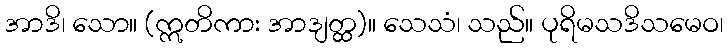
အာဒိ၊ သော။ (ဣတိကား အာဒျတ္ထ)။ သေသံ၊ သည်။ ပုရိမသဒိသမေဝ၊